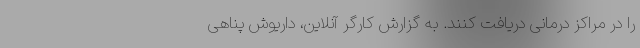
را در مراکز درمانی دریافت کنند. به گزارش کارگر آنلاین، داریوش پناهی